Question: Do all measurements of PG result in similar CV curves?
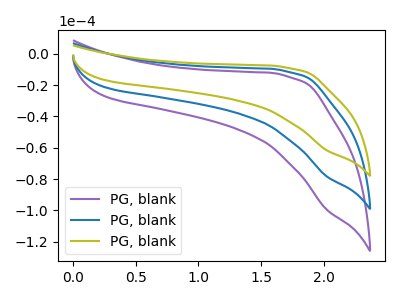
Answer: <think>The purple curve "PG, blank1" has no peaks. The blue curve "PG, blank2" has no peaks. The olive curve "PG, blank3" has no peaks.
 Neither "PG, blank1" or "PG, blank2" have any peaks. Neither "PG, blank1" or "PG, blank3" have any peaks. Neither "PG, blank2" or "PG, blank3" have any peaks.</think>
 <answer>All the CV's of "PG" have similar shape.</answer>
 <eval>follow_rule</eval>